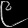
Digit: ၉